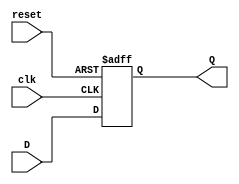
/*
How does a Verilog model for a D-flip-flop handle treating reset as the highest priority input?
*/

module DFlipFlop (
    input wire clk, reset, D,        
    output reg Q         
);

always @(posedge clk or posedge reset) begin
    if (reset) begin
        Q <= 1'b0;       
    end else begin
        Q <= D;          
    end
end

endmodule